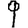
Digit: 9